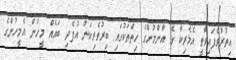
އިތުރުވެފައިވާތީ އެމެރިކާ ގެ އާންމުންގެ ހިތްތަކުގައި ބިރުވެރިކަން އުފެދި ބައެއް މީހުން އެމީހުންގެ